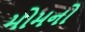
મોમનો